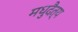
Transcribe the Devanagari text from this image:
मधुदैत्य